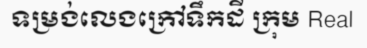
ទម្រង់លេងក្រៅទឹកដី ក្រុម Real